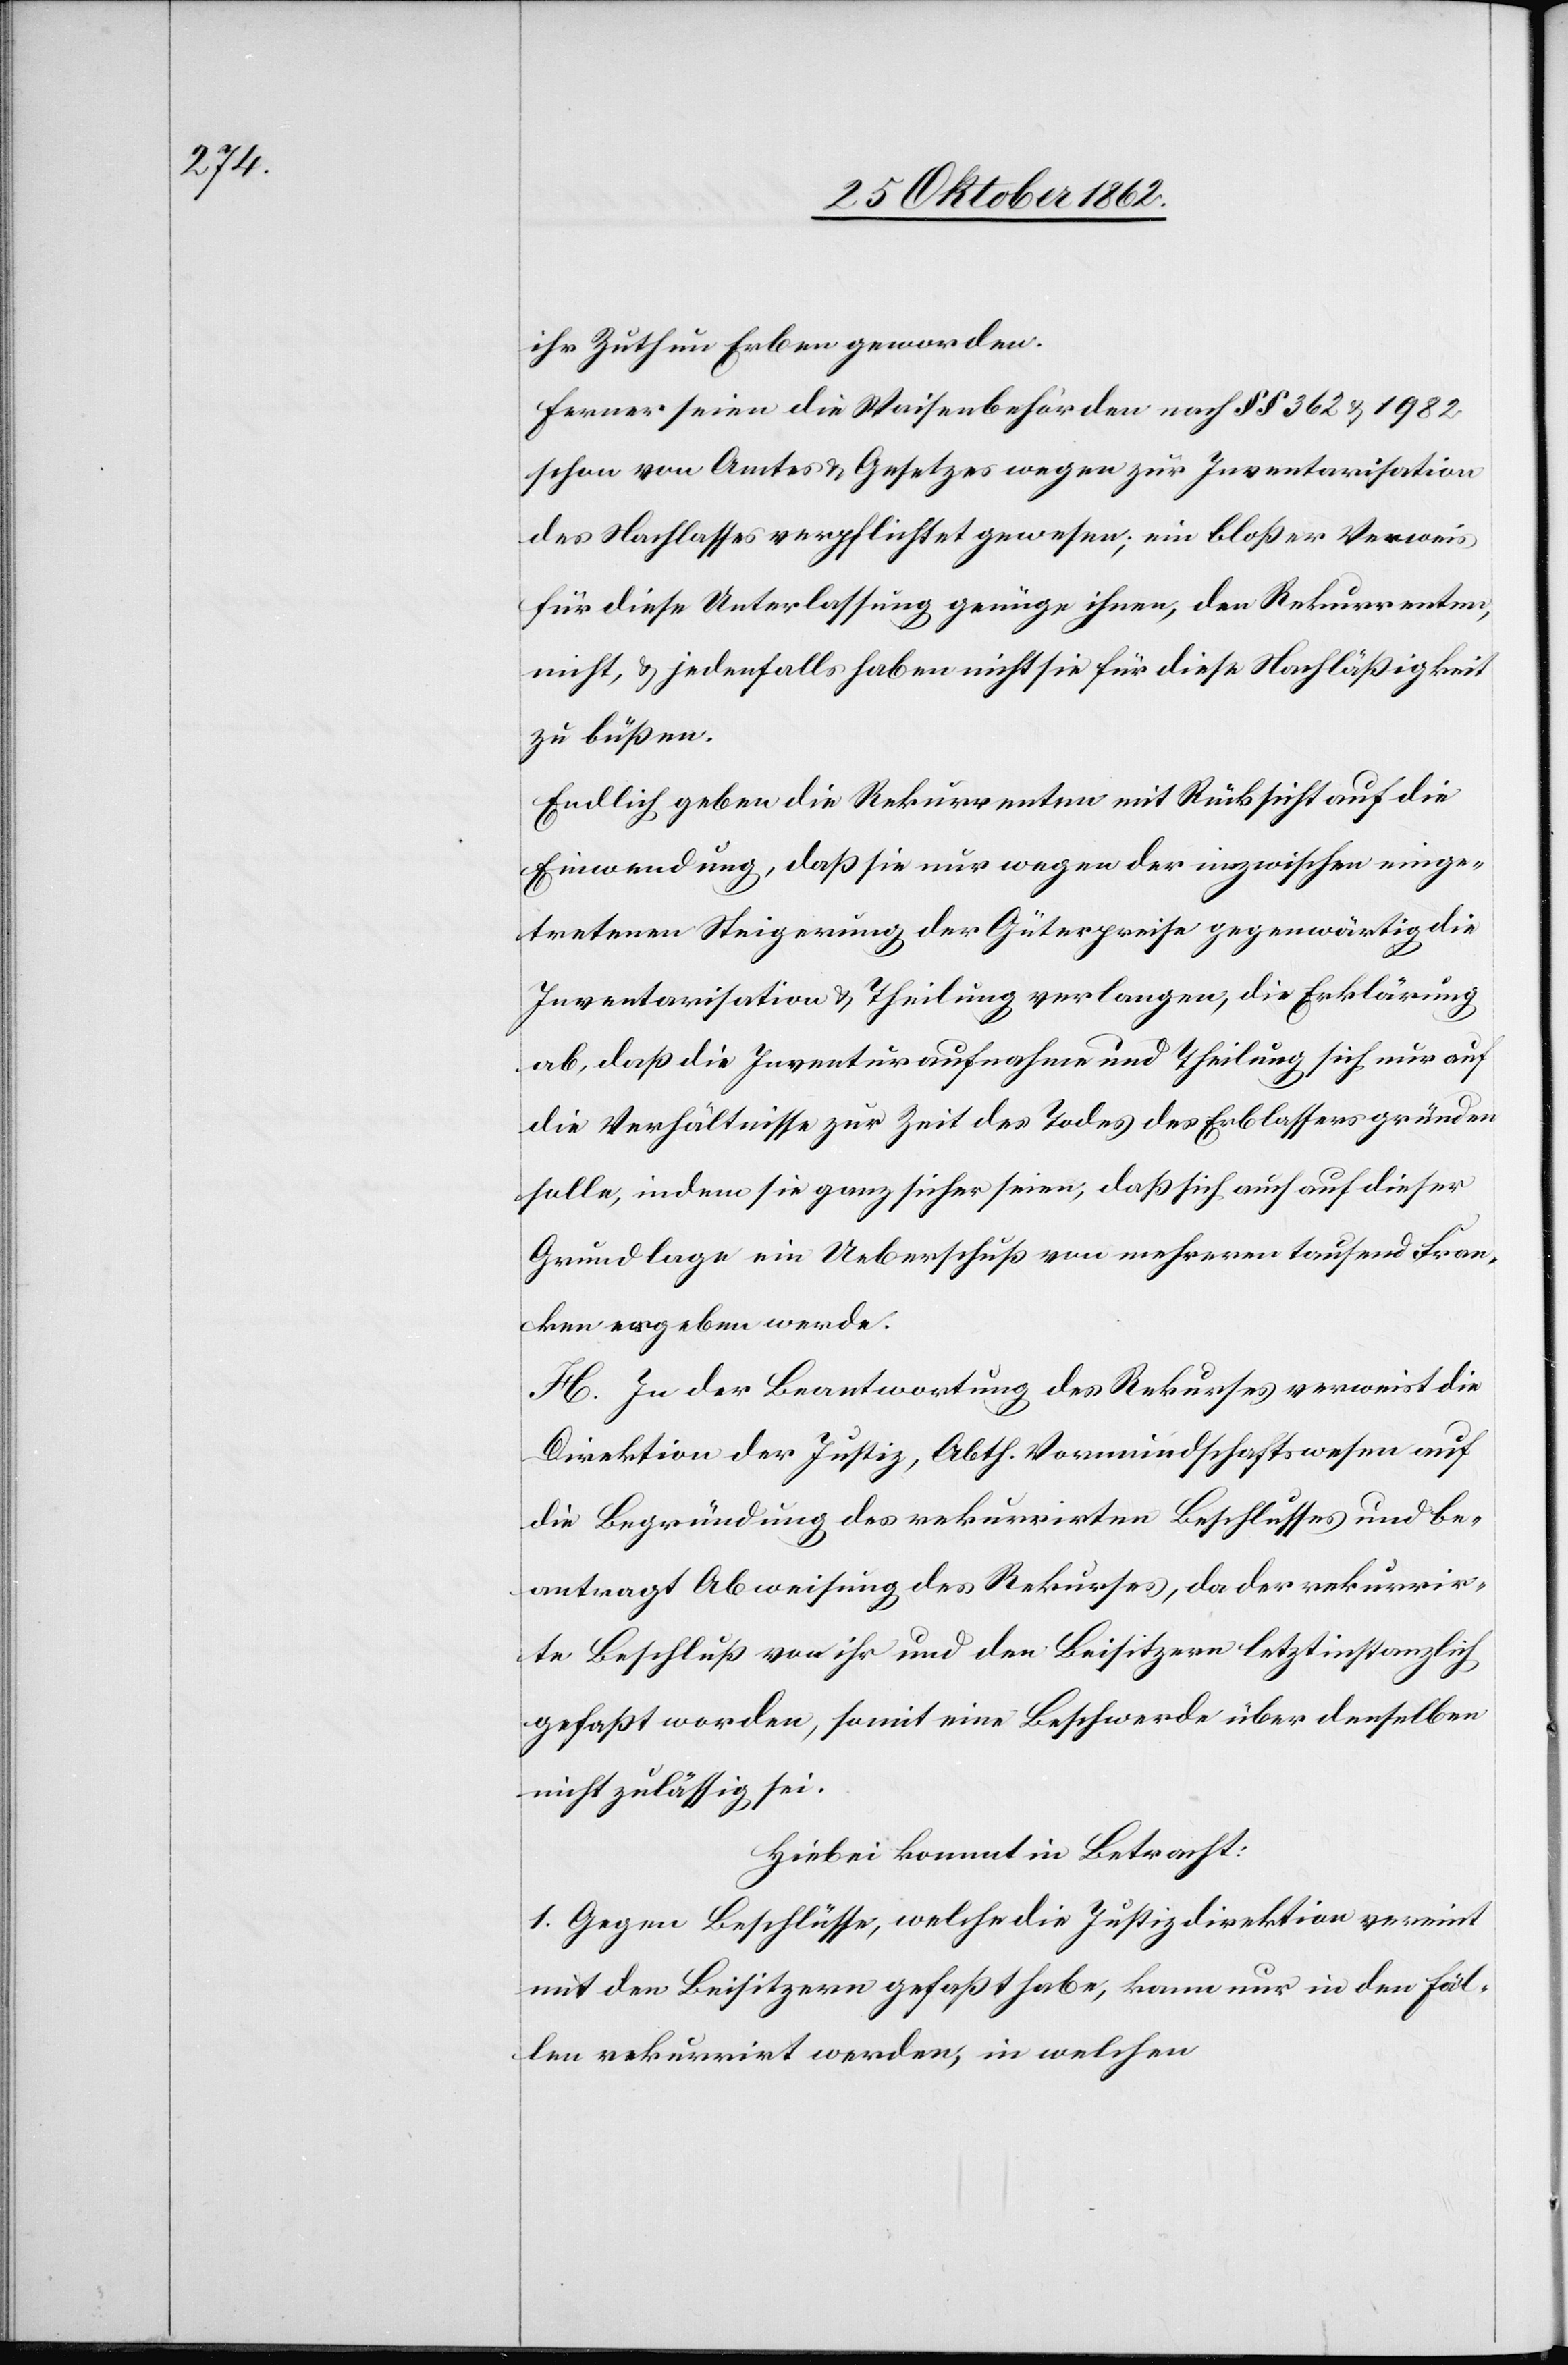
ihr Zuthun Erben geworden.
Ferner seien die Waisenbehörden nach §§ 362 u. 1982
schon von Amtes u. Gesetzes wegen zur Inventarisation
des Nachlasses verpflichtet gewesen; ein bloßer Verweis
für diese Unterlassung genüge ihnen, den Rekurrenten,
nicht, u. jedenfalls haben nicht sie für diese Nachläßigkeit
zu büßen.
Endlich geben die Rekurrenten mit Rücksicht auf die
Einwendung, daß sie nur wegen der inzwischen einge¬
tretenen Steigerung der Güterpreise gegenwärtig die
Inventarisation u. Theilung verlangen, die Erklärung
ab, daß die Inventuraufnahme und Theilung sich, nur auf
die Verhältnisse zur Zeit des Todes des Erblassers gründen
solle, indem sie ganz sicher seien, daß sich auch auf dieser
Grundlage ein Ueberschuß von mehreren tausend Fran¬
ken ergeben werde.
H. In der Beantwortung des Rekurses verweist die
Direktion der Justiz, Abth. Vormundschaftswesen auf
die Begründung des rekurrirten Beschlusses und be¬
antragt Abweisung des Rekurses, da der rekurrir¬
te Beschluß von ihr und den Beisitzern letztinstanzlich
gefaßt worden, somit eine Beschwerde über denselben
nicht zulässig sei.
Hiebei kommt in Betracht:
1. Gegen Beschlüsse, welche die Justizdirektion vereint
mit den Beisitzern gefaßt habe, kann nur in den Fäl¬
len rekurrirt werden, in welchen